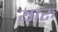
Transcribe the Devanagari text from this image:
यारु